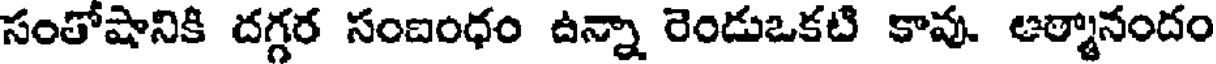
సంతోషానికి దగ్గర సంబంధం ఉన్నా రెండుఒకటి కావు. ఆత్మానందం